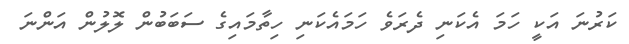
ކަރުނަ އަކީ ހަމަ އެކަނި ދެރަވެ ހަމައެކަނި ހިތާމައިގެ ސަބަބުން ލޮލުން އަންނަ